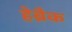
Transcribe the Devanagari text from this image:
हेब्रैक